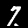
Digit: 7